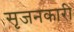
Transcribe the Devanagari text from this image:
सृजनकारी